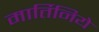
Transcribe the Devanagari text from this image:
मार्तिनिये